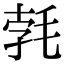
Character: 𣭷